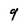
Character: 9